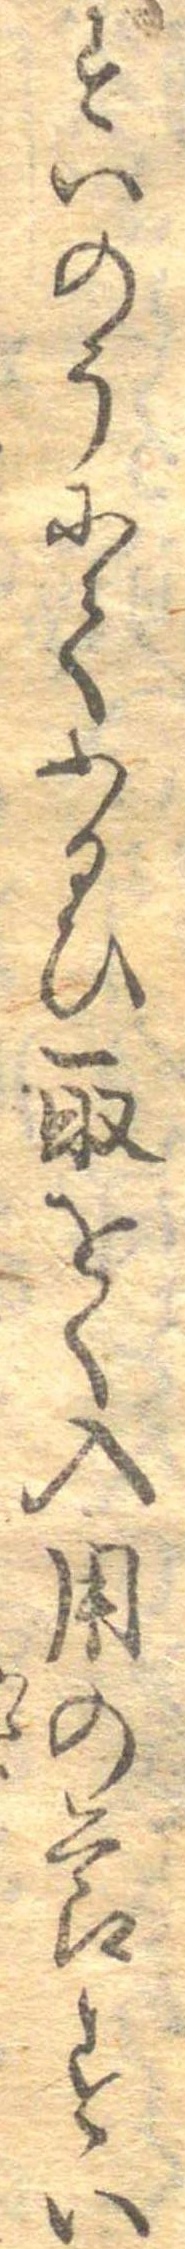
すいのうにてふるひ取をく入用の節すい